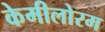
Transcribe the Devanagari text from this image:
केमीलोरम